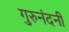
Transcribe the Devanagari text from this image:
गुरुनंदनी